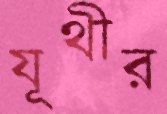
যূথীর